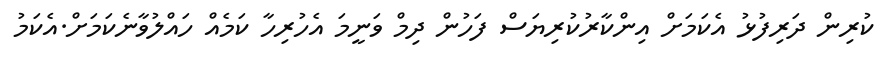
ކުރިން ދަރިފުޅު އެކަމަށް އިންކާރުކުރިޔަސް ފަހުން ދިމް ވަނީމަ އެހުރިހާ ކަމެއް ހައްލުވާނެކަމަށް.އެކަމު